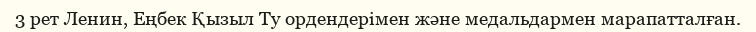
3 рет Ленин, Еңбек Қызыл Ту ордендерімен және медальдармен марапатталған.